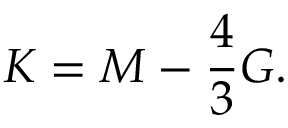
K = M - \frac { 4 } { 3 } G .